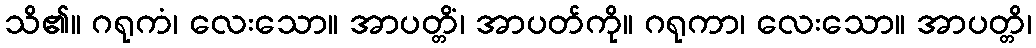
သိ၏။ ဂရုကံ၊ လေးသော။ အာပတ္တိံ၊ အာပတ်ကို။ ဂရုကာ၊ လေးသော။ အာပတ္တိ၊